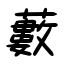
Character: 藪